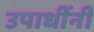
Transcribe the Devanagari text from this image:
उपाधींनी